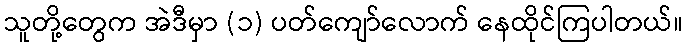
သူတို့တွေက အဲဒီမှာ (၁) ပတ်ကျော်လောက် နေထိုင်ကြပါတယ်။